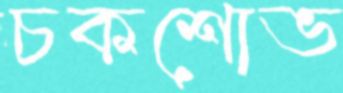
চকশোভ